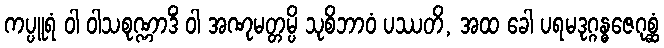
ကပ္ပူရံ ဝါ ဝါသစုဏ္ဏာဒိံ ဝါ အဏုမတ္တမ္ပိ သုစိဘာဝံ ပဿတိ, အထ ခေါ ပရမဒုဂ္ဂန္ဓဇေဂုစ္ဆံ